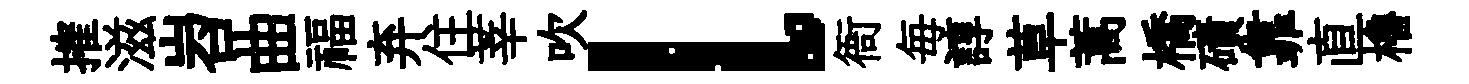
搉滋岧曲福弃住莘吹l衙毎諄草蒿橋磧靠直櫓